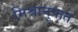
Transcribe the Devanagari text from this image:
मिश्रानुपात